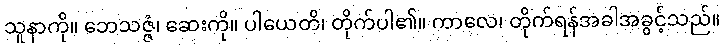
သူနာကို။ ဘေသဇ္ဇံ၊ ဆေးကို။ ပါယေတိ၊ တိုက်ပါ၏။ ကာလေ၊ တိုက်ရန်အခါအခွင့်သည်။